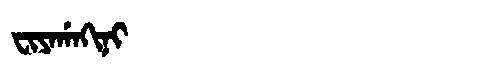
Manchu: ᠸᡳᠶᠠᡤᠠᡴᡳᠨᡳ
Romanization: FIYAGAKINI